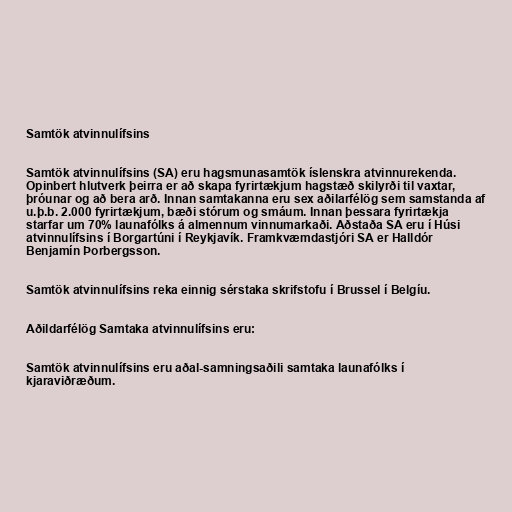
Samtök atvinnulífsins

Samtök atvinnulífsins (SA) eru hagsmunasamtök íslenskra atvinnurekenda.
Opinbert hlutverk þeirra er að skapa fyrirtækjum hagstæð skilyrði til vaxtar,
þróunar og að bera arð. Innan samtakanna eru sex aðilarfélög sem samstanda af
u.þ.b. 2.000 fyrirtækjum, bæði stórum og smáum. Innan þessara fyrirtækja
starfar um 70% launafólks á almennum vinnumarkaði. Aðstaða SA eru í Húsi
atvinnulífsins í Borgartúni í Reykjavík. Framkvæmdastjóri SA er Halldór
Benjamín Þorbergsson.

Samtök atvinnulífsins reka einnig sérstaka skrifstofu í Brussel í Belgíu.

Aðildarfélög Samtaka atvinnulífsins eru:

Samtök atvinnulífsins eru aðal-samningsaðili samtaka launafólks í
kjaraviðræðum.